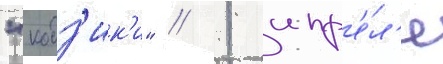
"кодз'ик'и" // 1 апр'е́л'я